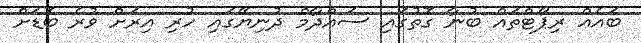
ބައެއް ރިޕޯޓްތައް ބުނާ ގޮތުގައި ސައްދާމް ދުނިޔޭގައި ހުރި އިރަށް ވުރެ ބޮޑަށް